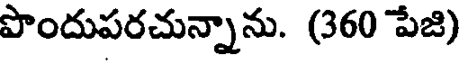
పొందుపరచున్నాను. (360 పేజి)